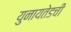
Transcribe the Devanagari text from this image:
युनायतेडची